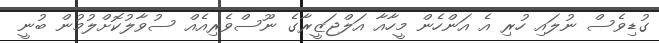
ގުޑިވެސް ނުލައި ހުރި އެ އަންހެން މީހާއާ އަލްޖަޒީރާގެ ނޫސްވެރިއެއް ސުވާލުކޮށްލުމުން ބުނީ